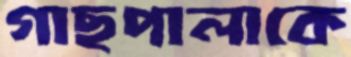
গাছপালাকে